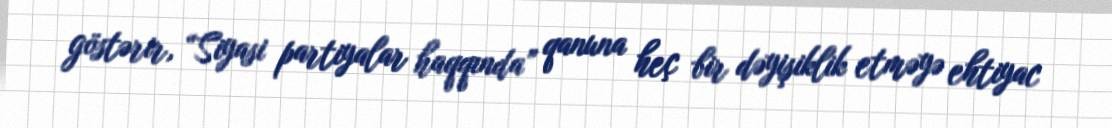
göstərir, “Siyasi partiyalar haqqında” qanuna heç bir dəyişiklik etməyə ehtiyac